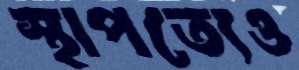
স্থাপত্যেও